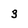
Character: 3